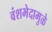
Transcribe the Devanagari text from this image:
वंशभेदामुळे